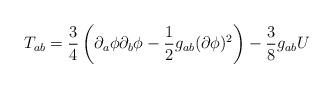
LaTeX: \begin{align*}T_{ab}=\frac{3}{4}\left(\partial_{a}\phi\partial_{b}\phi -\frac{1}{2}g_{ab}(\partial\phi)^2\right)-\frac{3}{8}g_{ab}U\end{align*}